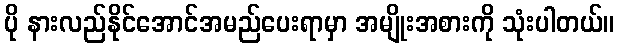
ပို နားလည်နိုင်အောင်အမည်ပေးရာမှာ အမျိုးအစားကို သုံးပါတယ်။